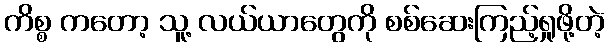
ကိစ္စ ကတော့ သူ့ လယ်ယာတွေကို စစ်ဆေးကြည့်ရှုဖို့တဲ့